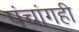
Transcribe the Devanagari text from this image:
पंचांगही